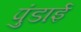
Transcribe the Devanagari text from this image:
पुंडाई